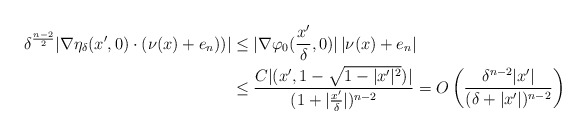
\begin{align*}\delta^{\frac{n-2}{2}}| \nabla \eta_\delta(x',0)\cdot (\nu(x)+e_n))| &\leq |\nabla \varphi_0(\frac{x'}{\delta},0)| \, |\nu(x)+e_n| \\& \leq \frac{C|(x',1-\sqrt{1-|x'|^2})|}{(1+|\frac{x'}{\delta}|)^{n-2}}=O\left(\frac{\delta^{n-2}|x'|}{(\delta+|x'|)^{n-2}}\right) \end{align*}